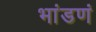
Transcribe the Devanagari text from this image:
भांडणं